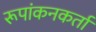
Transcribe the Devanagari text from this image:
रूपांकनकर्ता